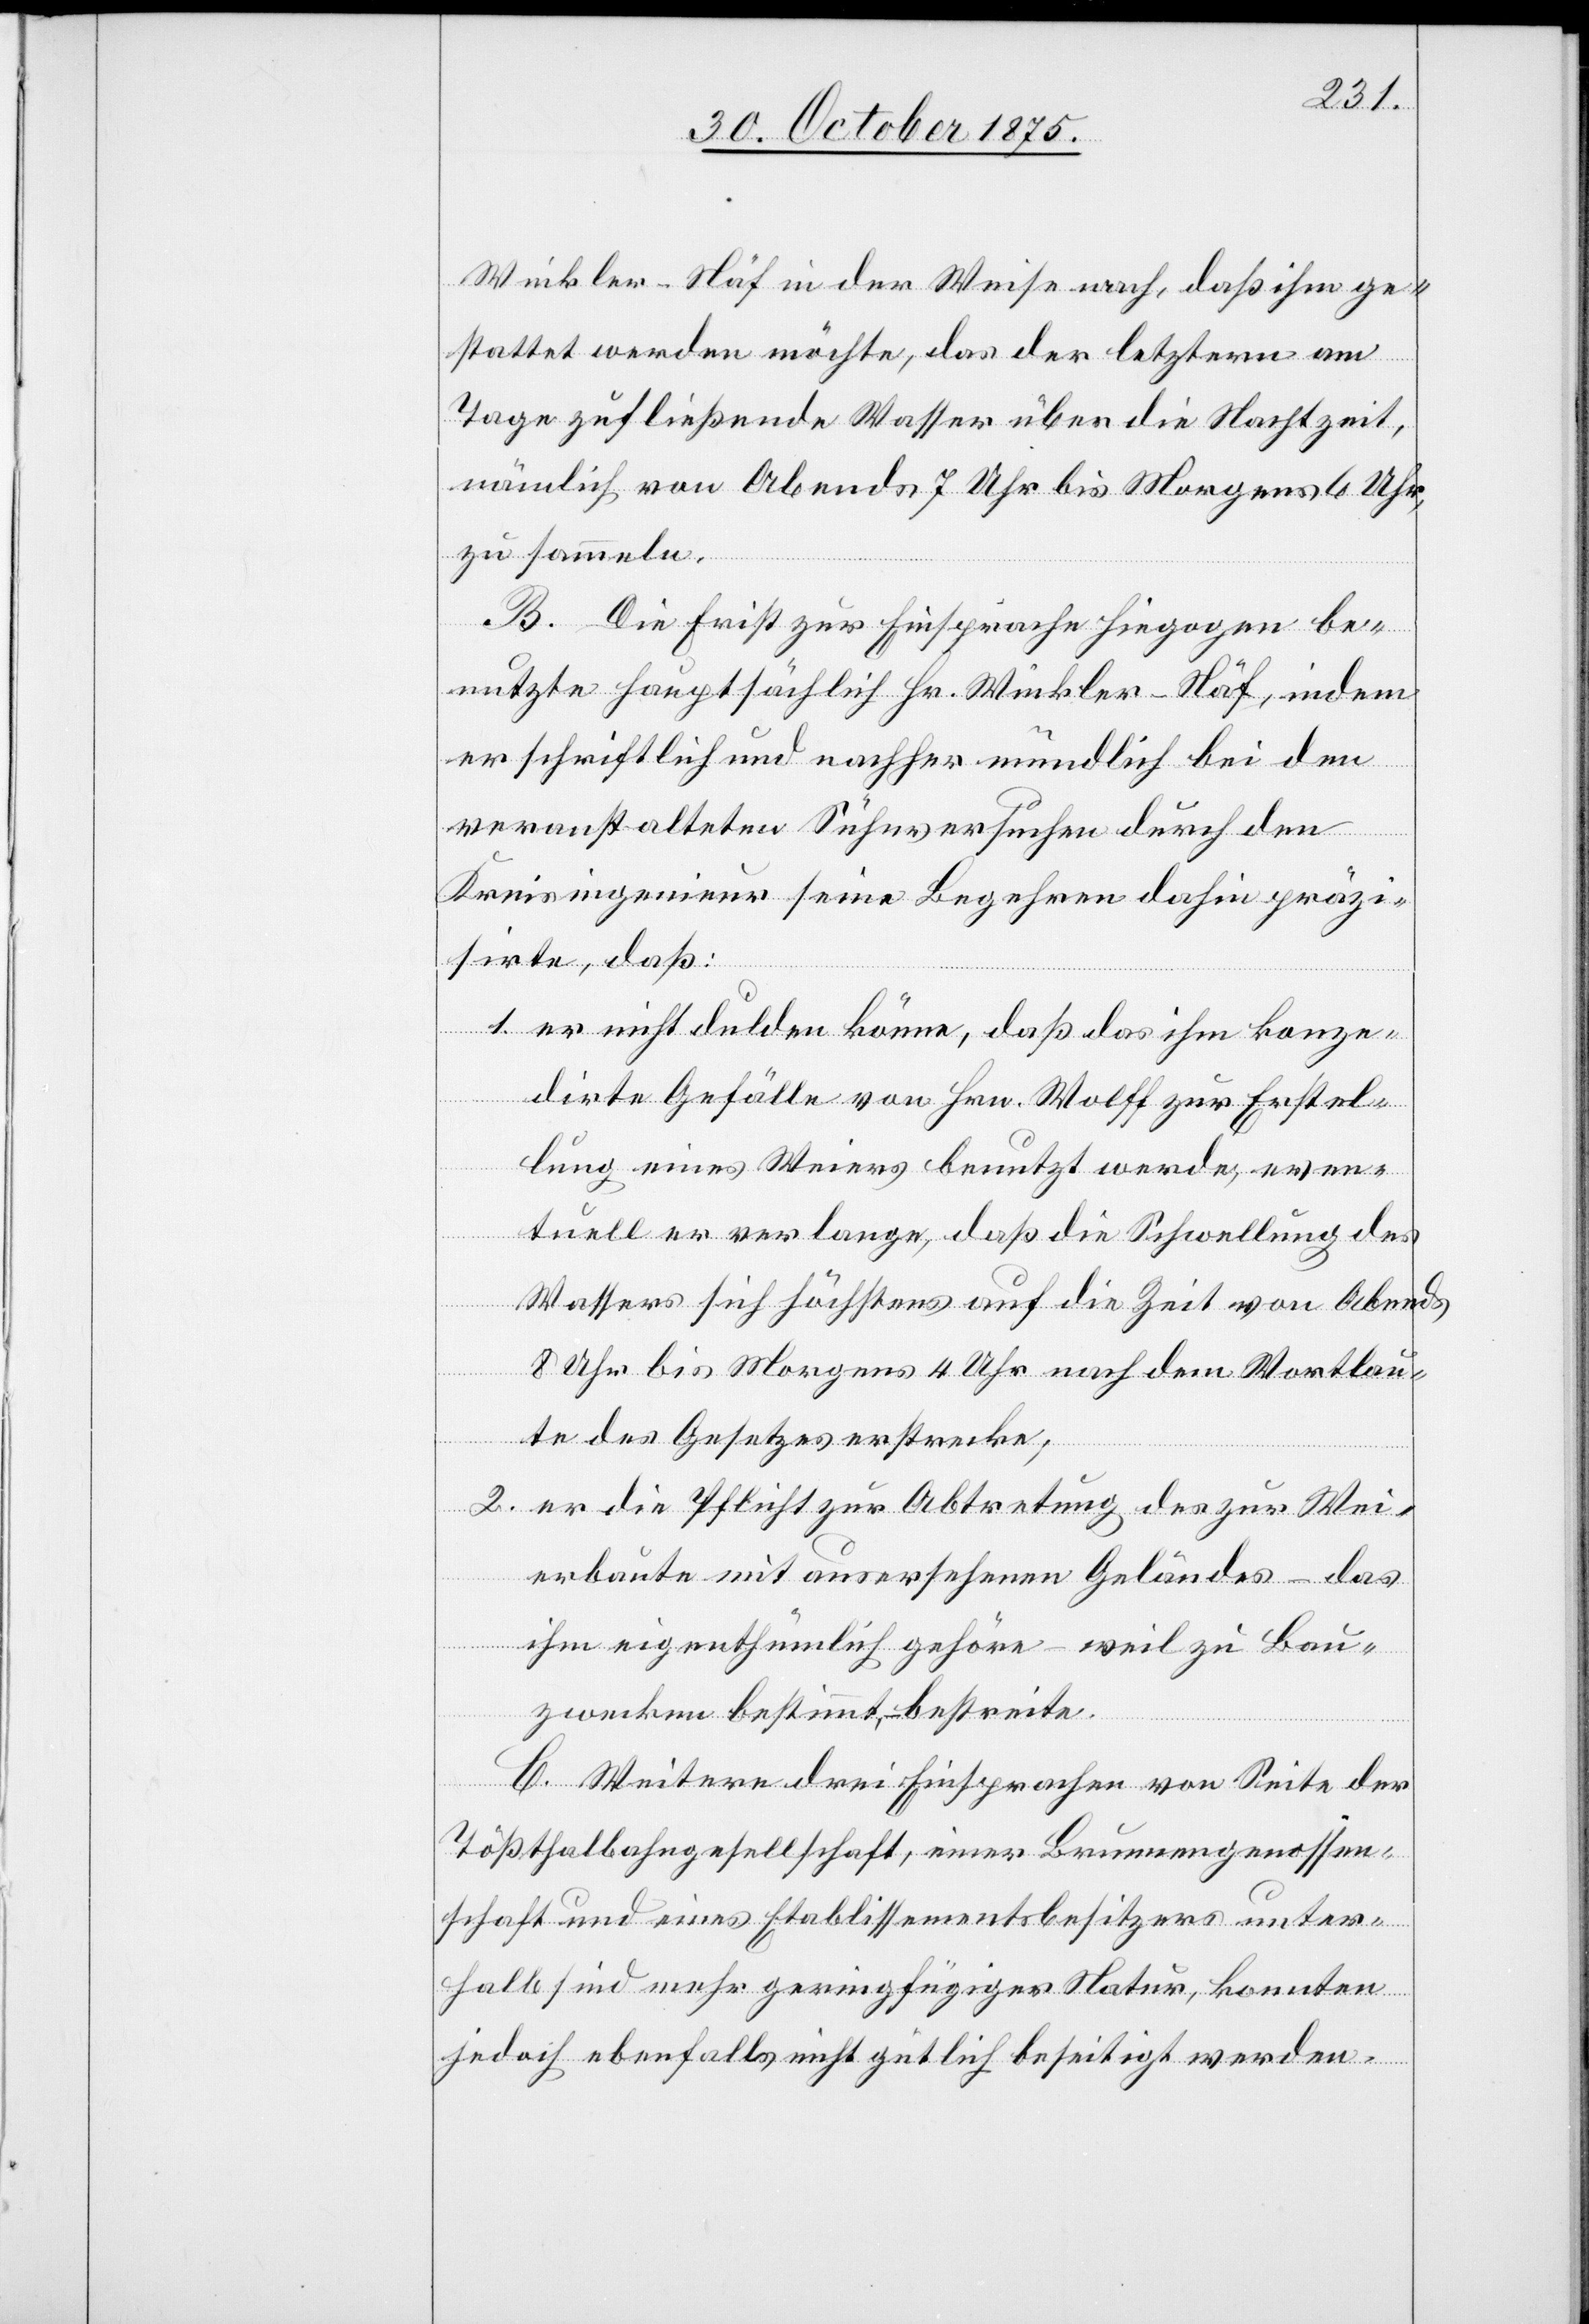
Winkler-Näf in der Weise nach, daß ihm ge¬
stattet werden möchte, das der letztern am
Tage zufließende Wasser über die Nachtzeit,
nämlich von Abends 7 Uhr bis Morgens 6 Uhr,
zu sammeln.
B. Die Frist zur Einsprache hiegegen be¬
nutzte hauptsächlich Hr. Winkler-Näf, indem
er schriftlich und nachher mündlich bei den
veranstalteten Sühnversuchen durch den
Kreisingenieur seine Begehren dahin präzi¬
sirte, daß:
1. er nicht dulden könne, daß das ihm konze¬
dirte Gefälle von Hrn. Wolff zur Erstel¬
lung eines Weiers benutzt werde, even¬
tuell er verlange, daß die Schwellung des
Wassers sich höchstens auf die Zeit von Abends
8 Uhr bis Morgens 4 Uhr nach dem Wortlau¬
te des Gesetzes erstrecke;
2. er die Pflicht zur Abtretung des zur Wei¬
erbaute mit ausersehenen Geländes – das
ihm eigenthümlich gehöre – weil zu Bau¬
zwecken bestimmt, – bestreite.
C. Weitere drei Einsprachen von Seite der
Tößthalbahngesellschaft, einer Brunnengenossen¬
schaft und eines Etablissementsbesitzers unter¬
halb sind mehr geringfügiger Natur, konnten
jedoch ebenfalls nicht gütlich beseitigt werden.